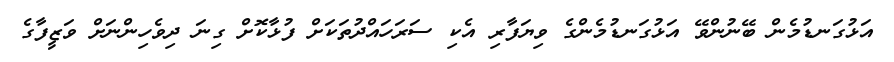
އަޅުގަނޑުމެން ބޭނުންވޭ އަޅުގަނޑުމެންގެ ވިޔަފާރި އެކި ސަރަހައްދުތަކަށް ފުޅާކޮށް ގިނަ ދިވެހިންނަށް ވަޒީފާގެ